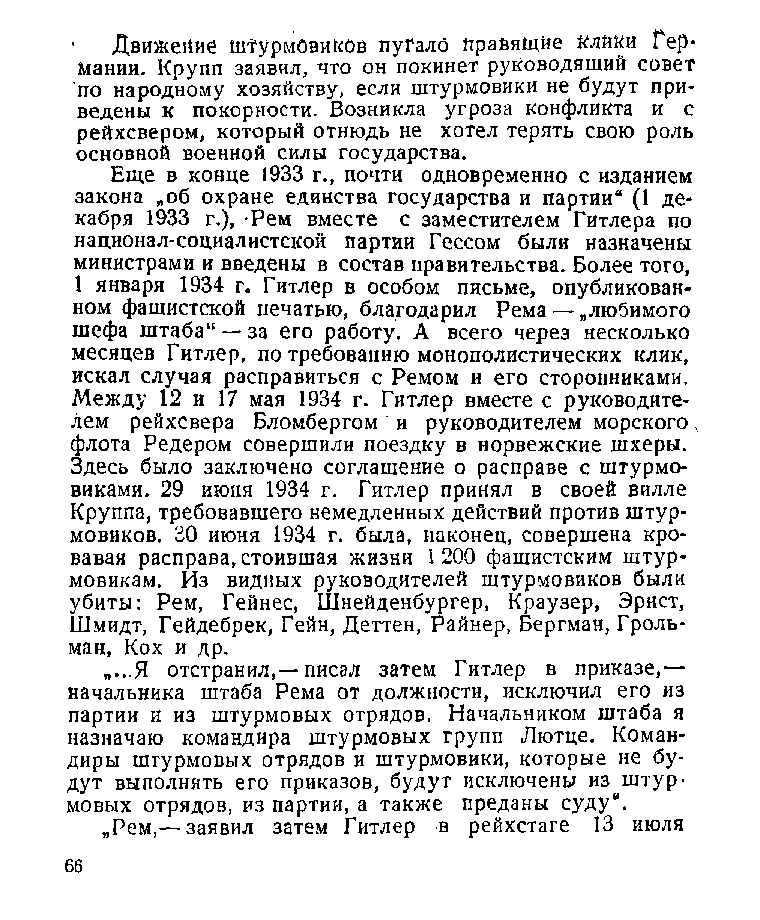
' Движений шт'урмбвиков пугало правящие Клики Гер*
 мании. Крупп заявил, что он покинет руководящий совет
 по народному хозяйству, если штурмовики не будут при­
 ведены к покорности. Возникла угроза конфликта и с
 рейхсвером, который отнюдь не хотел терять свою роль
 основной военной силы государства.
 Еще в конце 1933 г., почти одновременно с изданием
 закона „об охране единства государства и партии“ (1 де­
 кабря 1933 г.), Рем вместе с заместителем Гитлера по
 национал-социалистской партии Гессом были назначены
 министрами и введены в состав правительства. Более того,
 1 января 1934 г. Гитлер в особом письме, опубликован­
 ном фашистской печатью, благодарил Рема — „любимого
 шефа штаба“ — за его работу. А всего через несколько
 месяцев Гитлер, по требованию монополистических клик,
 искал случая расправиться с Ремом и его сторонниками.
 Между 12 и 17 мая 1934 г. Гитлер вместе с руководите­
 лем рейхсвера Бломбергом и руководителем морского,
 флота Редером совершили поездку в норвежские шхеры.
 Здесь было заключено соглашение о расправе с штурмо­
 виками. 29 июня 1934 г. Гитлер принял в своей вилле
 Круппа, требовавшего немедленных действий против штур­
 мовиков. 30 июня 1934 г. была, наконец, совершена кро­
 вавая расправа, стоившая жизни 1 200 фашистским штур­
 мовикам. Из видных руководителей штурмовиков были
 убиты: Рем, Гейнес, Шнейденбургер, Краузер, Эрнст,
 Шмидт, Гейдебрек, Гейн, Деттен, Райнер, Бергман, Гроль-
 ман, Кох и др.
 „...Я отстранил,—писал затем Гитлер в приказе,—
 начальника штаба Рема от должности, исключил его из
 партии и из штурмовых отрядов. Начальником штаба я
 назначаю командира штурмовых групп Лютце. Коман­
 диры штурмовых отрядов и штурмовики, которые не бу­
 дут выполнять его приказов, будут исключены из штур­
 мовых отрядов, из партии, а также преданы суду“.
 „Рем,— заявил затем Гитлер в рейхстаге 13 июля
 66